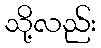
သို့လည်း